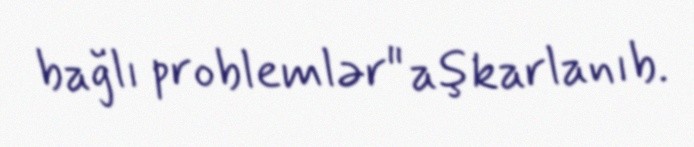
bağlı problemlər" aşkarlanıb.